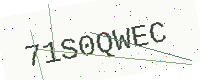
Text: 71S0QWEC